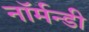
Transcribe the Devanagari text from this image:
नॉर्मन्डी